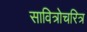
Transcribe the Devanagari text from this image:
सावित्रोचरित्र